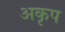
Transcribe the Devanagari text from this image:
अकृप